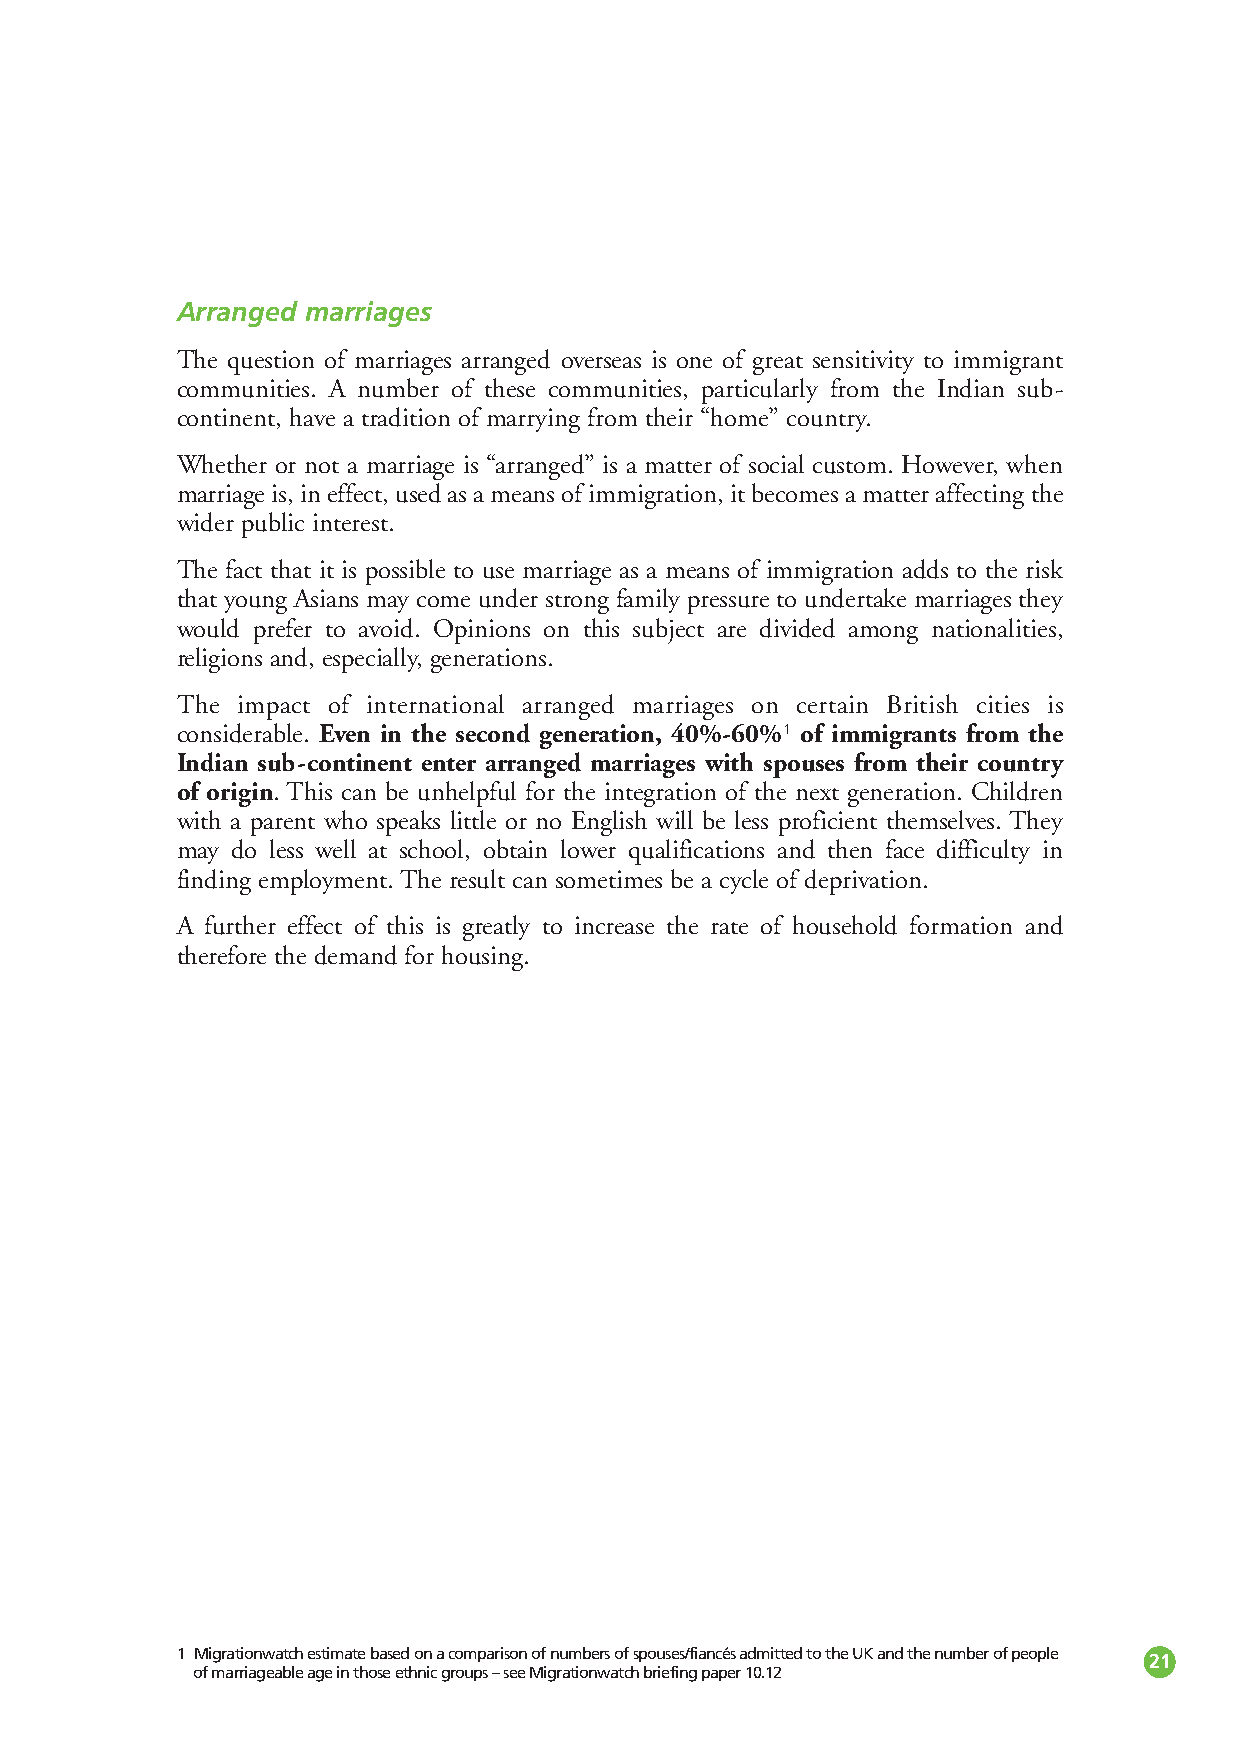
Arranged marriages
 The question of marriages arranged overseas is one of great sensitivity to immigrant
 communities. A number of these communities, particularly from the Indian sub-
 continent, have a tradition of marrying from their “home” country.
 Whether or not a marriage is “arranged” is a matter of social custom. However, when
 marriage is, in effect, used as a means of immigration, it becomes a matter affecting the
 wider public interest.
 The fact that it is possible to use marriage as a means of immigration adds to the risk
 that young Asians may come under strong family pressure to undertake marriages they
 would prefer to avoid. Opinions on this subject are divided among nationalities,
 religions and, especially, generations.
 The impact of international arranged marriages on certain British cities is
 considerable. Even in the second generation, 40%-60%1 of immigrants from the
 Indian sub-continent enter arranged marriages with spouses from their country
 of origin. This can be unhelpful for the integration of the next generation. Children
 with a parent who speaks little or no English will be less proficient themselves. They
 may do less well at school, obtain lower qualifications and then face difficulty in
 finding employment. The result can sometimes be a cycle of deprivation.
 A further effect of this is greatly to increase the rate of household formation and
 therefore the demand for housing.
 1 Migrationwatchestimate based on a comparison of numbers of spouses/fiancés admitted to the UK and the number of people 21
 of marriageable age in those ethnic groups – see Migrationwatch briefing paper 10.12